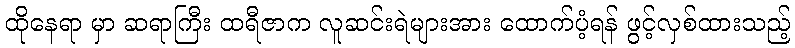
ထိုနေရာ မှာ ဆရာကြီး ထရီဇာက လူဆင်းရဲများအား ထောက်ပံ့ရန် ဖွင့်လှစ်ထားသည့်